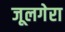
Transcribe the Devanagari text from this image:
जूलगेरा